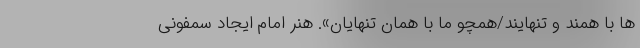
ها با همند و تنهایند/همچو ما با همان تنهایان». هنر امام ایجاد سمفونی